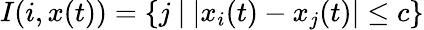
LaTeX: I(i,x(t))=\left\{ j\ |\ |x_{i}(t)-x_{j}(t)|\leq c\right\}